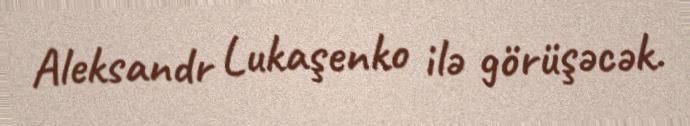
Aleksandr Lukaşenko ilə görüşəcək.